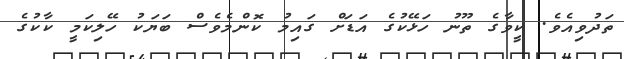
ތަދުވިއެވެ. ކީވާގެ ތޫނު ހަޅޭކުގެ އަޑަށް ގައިމު ކޮންމެވެސް ބަޔަކު ހޭލިކަމީ ކާކުގެ